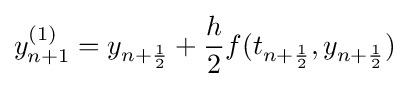
y_{n+1}^{(1)}=y_{n+{\frac {1}{2}}}+{\frac {h}{2}}f(t_{n+{\frac {1}{2}}},y_{n+{\frac {1}{2}}})